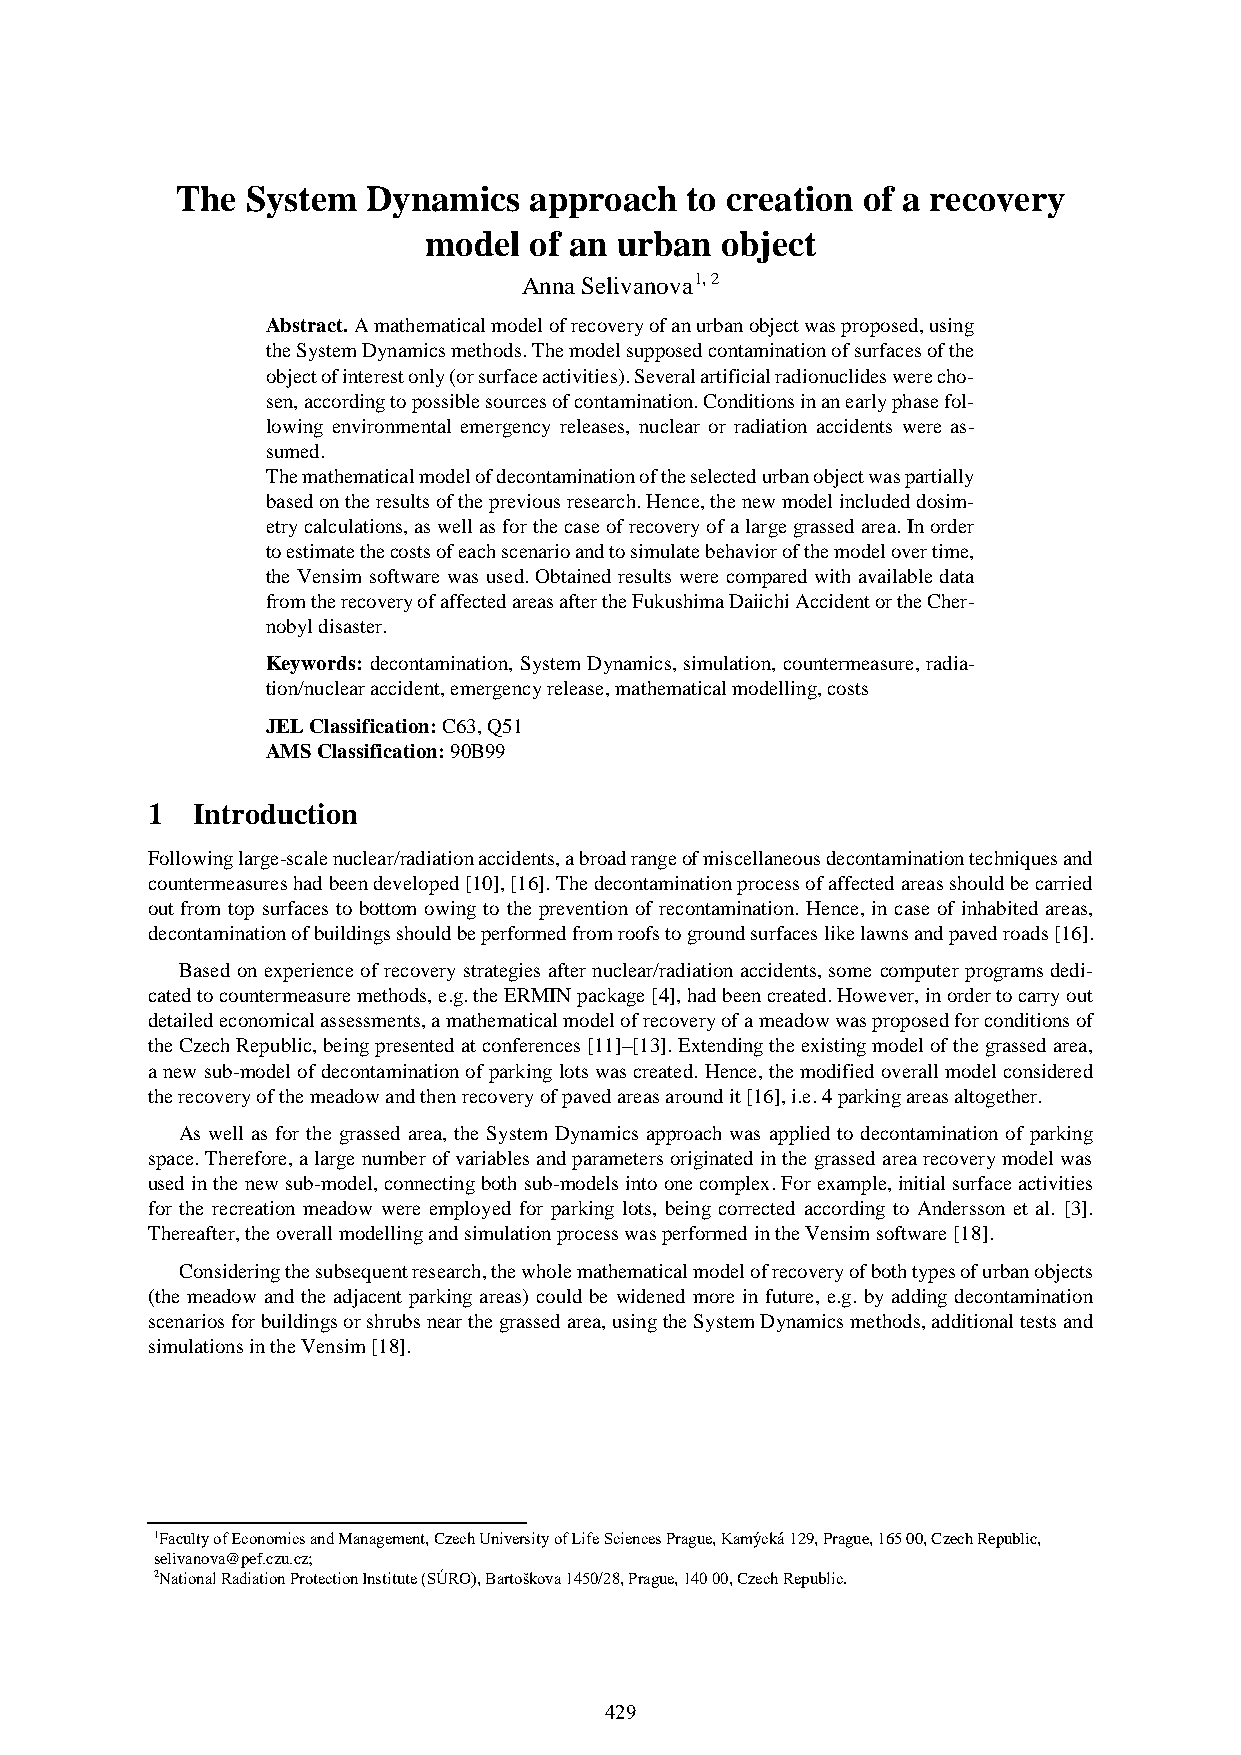
The System  Dynamics   approach  to creation of a recovery
 model  of an urban  object
 Anna Selivanova1, 2
 Abstract. A mathematical model of recovery of an urban object was proposed, using
 the System Dynamics methods. The model supposed contamination of surfaces of the
 object of interest only (or surface activities). Several artificial radionuclides were cho-
 sen, according to possible sources of contamination. Conditions in an early phase fol-
 lowing environmental emergency releases, nuclear or radiation accidents were as-
 sumed.
 The mathematical model of decontamination of the selected urban object was partially
 based on the results of the previous research. Hence, the new model included dosim-
 etry calculations, as well as for the case of recovery of a large grassed area. In order
 to estimate the costs of each scenario and to simulate behavior of the model over time,
 the Vensim software was used. Obtained results were compared with available data
 from the recovery of affected areas after the Fukushima Daiichi Accident or the Cher-
 nobyl disaster.
 Keywords: decontamination, System Dynamics, simulation, countermeasure, radia-
 tion/nuclear accident, emergency release, mathematical modelling, costs
 JEL Classification: C63, Q51
 AMS Classification: 90B99
 1  Introduction
 Following large-scale nuclear/radiation accidents, a broad range of miscellaneous decontamination techniques and
 countermeasures had been developed [10], [16]. The decontamination process of affected areas should be carried
 out from top surfaces to bottom owing to the prevention of recontamination. Hence, in case of inhabited areas,
 decontamination of buildings should be performed from roofs to ground surfaces like lawns and paved roads [16].
 Based on experience of recovery strategies after nuclear/radiation accidents, some computer programs dedi-
 cated to countermeasure methods, e.g. the ERMIN package [4], had been created. However, in order to carry out
 detailed economical assessments, a mathematical model of recovery of a meadow was proposed for conditions of
 the Czech Republic, being presented at conferences [11]–[13]. Extending the existing model of the grassed area,
 a new sub-model of decontamination of parking lots was created. Hence, the modified overall model considered
 the recovery of the meadow and then recovery of paved areas around it [16], i.e. 4 parking areas altogether.
 As well as for the grassed area, the System Dynamics approach was applied to decontamination of parking
 space. Therefore, a large number of variables and parameters originated in the grassed area recovery model was
 used in the new sub-model, connecting both sub-models into one complex. For example, initial surface activities
 for the recreation meadow were employed for parking lots, being corrected according to Andersson et al. [3].
 Thereafter, the overall modelling and simulation process was performed in the Vensim software [18].
 Considering the subsequent research, the whole mathematical model of recovery of both types of urban objects
 (the meadow and the adjacent parking areas) could be widened more in future, e.g. by adding decontamination
 scenarios for buildings or shrubs near the grassed area, using the System Dynamics methods, additional tests and
 simulations in the Vensim [18].
 1Faculty of Economics and Management, Czech University of Life Sciences Prague, Kamýcká 129, Prague, 165 00, Czech Republic,
 selivanova@pef.czu.cz;
 2National Radiation Protection Institute (SÚRO), Bartoškova 1450/28, Prague, 140 00, Czech Republic.
 429